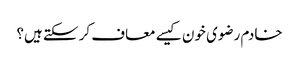
خادم رضوی خون کیسے معاف کر سکتے ہیں؟